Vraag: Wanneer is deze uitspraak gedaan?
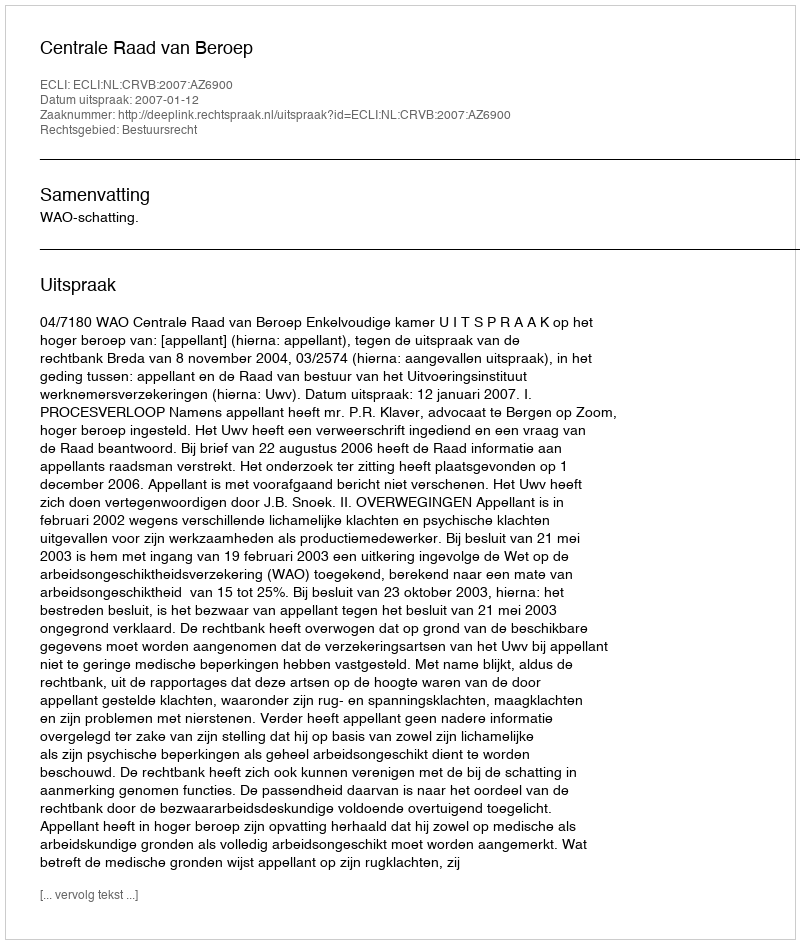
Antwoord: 2007-01-12